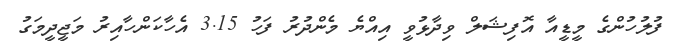
ފުލުހުންގެ މީޑީއާ އޮފިޝަލް ވިދާޅުވީ އިއްޔެ މެންދުރު ފަހު 3.15 އެހާކަންހާއިރު މަޖީދީމަގު